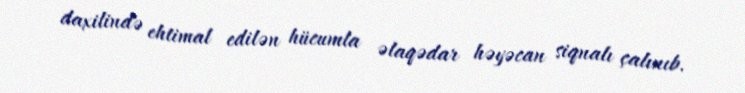
daxilində ehtimal edilən hücumla əlaqədar həyəcan siqnalı çalınıb.